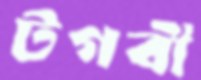
টগবী